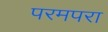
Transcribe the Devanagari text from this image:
परमपरा